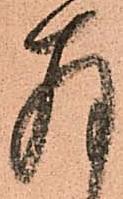
存